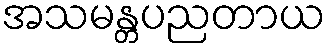
အသမန္တပညတာယ